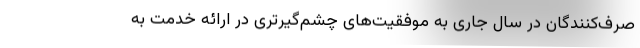
صرف‌کنندگان در سال جاری به موفقیت‌های چشم‌گیرتری در ارائه خدمت به